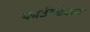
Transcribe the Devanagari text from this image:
फाउंण्डेशन